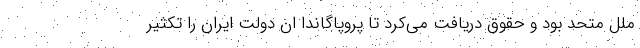
ملل متحد بود و حقوق دریافت می‌کرد تا پروپاگاندا ان دولت ایران را تکثیر